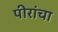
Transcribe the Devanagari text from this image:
पीरांचा